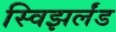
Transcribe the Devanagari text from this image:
स्विझर्लंड